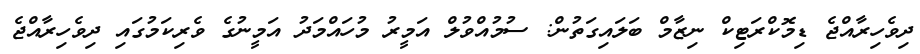
ދިވެހިރާއްޖެ ޑިމޮކްރަޓިކް ނިޒާމް ބަލައިގަތުން: ސުމުއްވުލް އަމީރު މުހައްމަދު އަމީނުގެ ވެރިކަމުގައި ދިވެހިރާއްޖެ